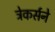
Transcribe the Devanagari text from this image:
ट्रेकर्सने